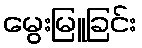
မွေးမြူခြင်း